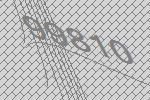
99810